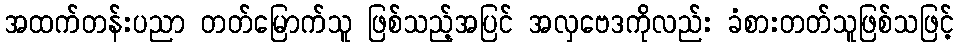
အထက်တန်းပညာ တတ်မြောက်သူ ဖြစ်သည့်အပြင် အလှဗေဒကိုလည်း ခံစားတတ်သူဖြစ်သဖြင့်